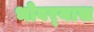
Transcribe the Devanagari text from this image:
भोवर्‍यास